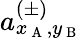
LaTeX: a_{x_{\mathrm{~A~}},y_{\mathrm{~B~}}}^{(\pm)}